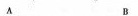
A B